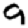
Digit: 9